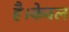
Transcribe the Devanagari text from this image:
है।केवल